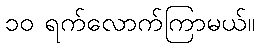
၁၀ ရက်လောက်ကြာမယ်။